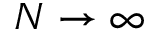
N \rightarrow \infty